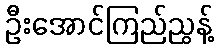
ဦးအောင်ကြည်ညွန့်